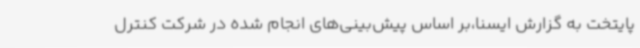
پایتخت به گزارش ایسنا،بر اساس پیش‌بینی‌های انجام‌ شده در شرکت کنترل